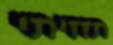
תזזיתי